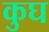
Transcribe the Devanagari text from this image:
कुघ